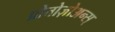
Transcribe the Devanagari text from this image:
प्रोतोज़ोअन्स्